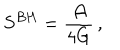
S ^ { B H } = { \frac { \cal A } { 4 G } } \, ,